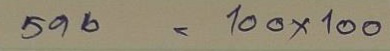
596 = 100x100